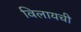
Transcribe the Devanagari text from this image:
विलायची